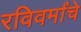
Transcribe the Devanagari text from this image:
रविवर्मांचे